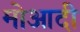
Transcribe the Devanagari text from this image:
मोआदी